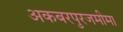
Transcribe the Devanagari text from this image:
अकबरपुरजमीमा